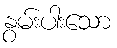
နွမ်းပါးသော